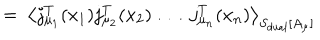
= \; \left\langle j _ { \mu _ { 1 } } ^ { T } ( x _ { 1 } ) j _ { \mu _ { 2 } } ^ { T } ( x _ { 2 } ) \; \ldots \; j _ { \mu _ { n } } ^ { T } ( x _ { n } ) \right\rangle _ { S _ { \mathrm { d u a l } } [ A _ { \mu } ] } \;